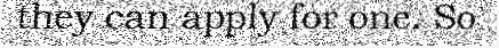
they can apply for one. So